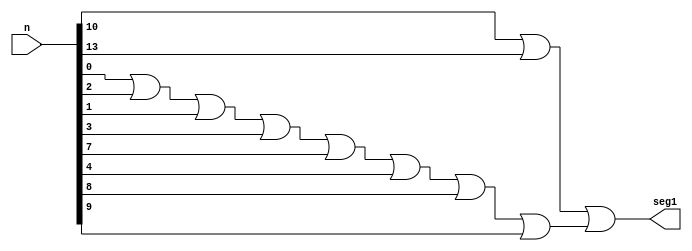
// Copyright (C) 2018  Intel Corporation. All rights reserved.
// Your use of Intel Corporation's design tools, logic functions 
// and other software and tools, and its AMPP partner logic 
// functions, and any output files from any of the foregoing 
// (including device programming or simulation files), and any 
// associated documentation or information are expressly subject 
// to the terms and conditions of the Intel Program License 
// Subscription Agreement, the Intel Quartus Prime License Agreement,
// the Intel FPGA IP License Agreement, or other applicable license
// agreement, including, without limitation, that your use is for
// the sole purpose of programming logic devices manufactured by
// Intel and sold by Intel or its authorized distributors.  Please
// refer to the applicable agreement for further details.

// PROGRAM		"Quartus Prime"
// VERSION		"Version 18.0.0 Build 614 04/24/2018 SJ Lite Edition"
// CREATED		"Fri Oct 25 19:01:24 2019"

module seg1(
	n,
	seg1
);


input wire	[15:0] n;
output wire	seg1;

wire	SYNTHESIZED_WIRE_0;




assign	seg1 = n[10] | n[13] | SYNTHESIZED_WIRE_0;

assign	SYNTHESIZED_WIRE_0 = n[0] | n[2] | n[1] | n[3] | n[7] | n[4] | n[8] | n[9];


endmodule